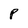
Character: P